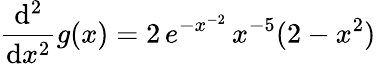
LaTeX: \frac{\mathrm{d}^{2}}{\mathrm{d}x^{2}}g(x)=2\, e^{-x^{-2}}\, x^{-5}(2-x^{2})